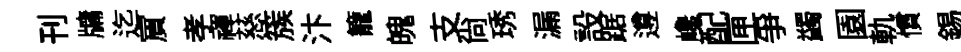
刊牗迄賔孝禈慈簇汴籠魄支尙琇漏設踞遵巉配匣爭蠲園軌慣錫